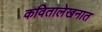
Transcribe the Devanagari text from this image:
कवितालेखनात